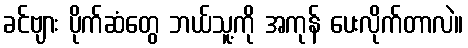
ခင်ဗျား ပိုက်ဆံတွေ ဘယ်သူ့ကို အကုန် ပေးလိုက်တာလဲ။